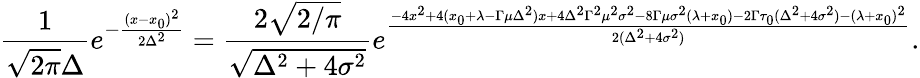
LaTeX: {\frac{1}{\sqrt{2\pi}\Delta}}e^{-{\frac{(x-x_{0})^{2}}{2\Delta^{2}}}}={\frac{2\sqrt{2/\pi}}{\sqrt{\Delta^{2}+4\sigma^{2}}}}e^{\frac{-4x^{2}+4(x_{0}+\lambda-\Gamma\mu\Delta^{2})x+4\Delta^{2}\Gamma^{2}\mu^{2}\sigma^{2}-8\Gamma\mu\sigma^{2}(\lambda+x_{0})-2\Gamma\tau_{0}(\Delta^{2}+4\sigma^{2})-(\lambda+x_{0})^{2}}{2(\Delta^{2}+4\sigma^{2})}}.